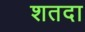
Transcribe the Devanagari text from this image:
शतदा